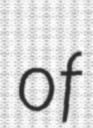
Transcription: of